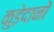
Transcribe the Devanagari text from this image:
कुड़ेदानों